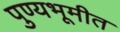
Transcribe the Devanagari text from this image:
पुण्यभूमीत